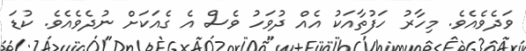
ވަދެވެއެވެ. މިހާރު ހަފުތާއަކު އެއް ދުވަހު ވެސް އެ ގެއަކަށް ނުދެވެއެވެ. ކުޑަ